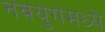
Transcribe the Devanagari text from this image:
नवयुगमध्ये